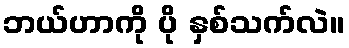
ဘယ်ဟာကို ပို နှစ်သက်လဲ။